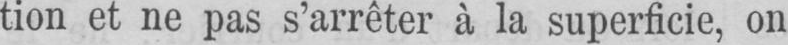
tion et ne pas s’arrêter à la superficie, on